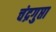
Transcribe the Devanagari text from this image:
चंद्रगुप्ता